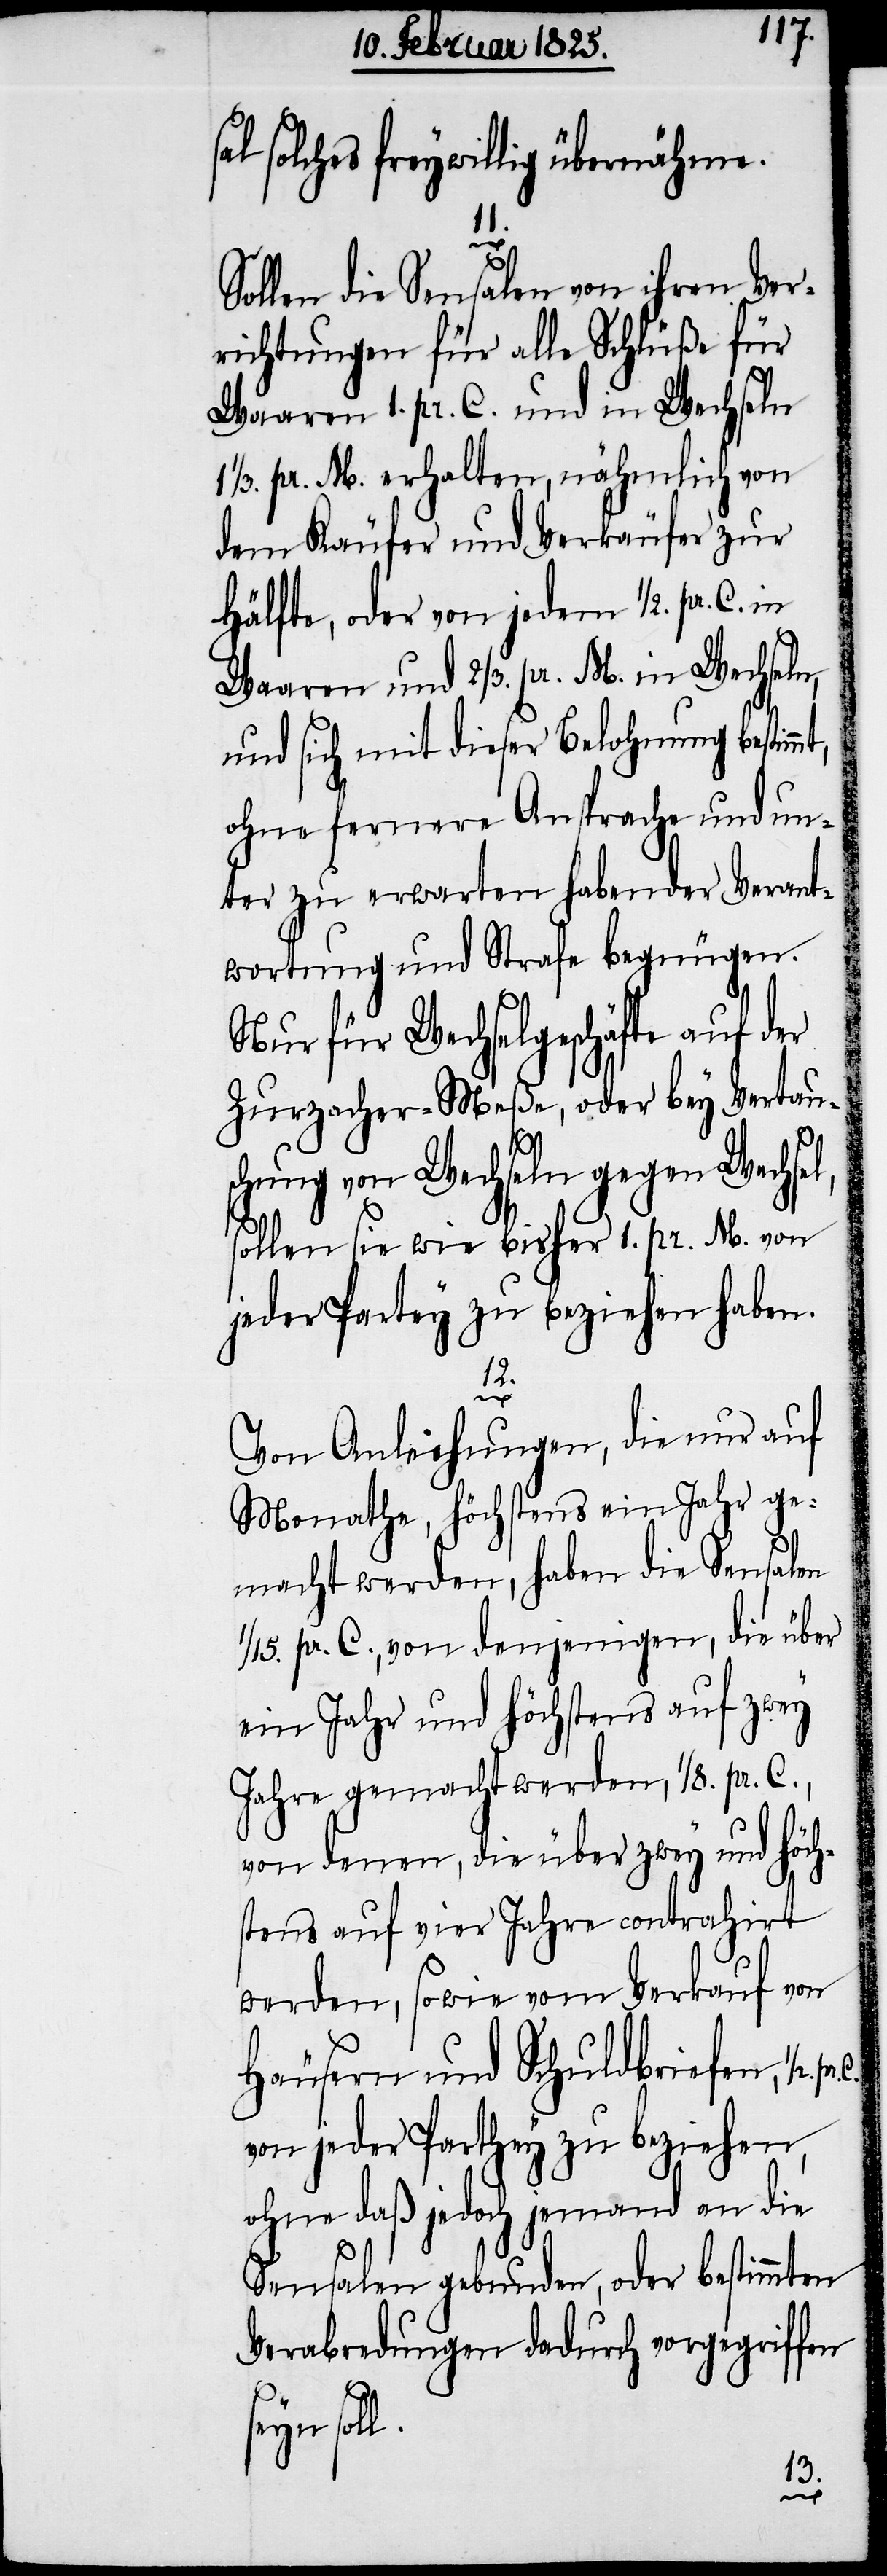
solches freywillig übernähme.
11.
Sollen die Sensalen von ihren Ver¬
richtungen für alle Schlüße für
Waaren 1. pr. C. und in Wechseln
1/3. pr. M. erhalten, nähmlich von
dem Käufer und Verkäufer zur
Hälfte, oder von jedem 1/2. pr. C.
Waaren und 2/3. pr. M. in Wechseln,
und sich mit dieser Belohnung bestim¬
ohne fernere Ansprache und un¬
ter zu erwarten habender Verant¬
wortung und Strafe begnügen.
Nur für Wechselgeschäfte auf der
Zurzacher-Meße, oder bey Vertau¬
schung von Wechseln gegen Wechsel,
sollen sie wie bisher 1. pr. M. von
jeder Partey zu beziehen haben.
12.
C.
Von Anleihungen, die nur auf
Monathe, höchstens ein Jahr ge¬
macht werden, haben die Sensalen
1/15. or. C., von denjenigen, die über
ein Jahr und höchstens auf zwey
Jahre gemacht werden, 1/8. pr. C.,
von denen, die über zwey und höchs¬
tens auf vier Jahre contrahirt
werden, sowie vom Verkauf von
Häusern und Schuldbriefen, 1/2.
von jeder Parthey zu beziehen,
ohne daß jedoch jemand an die
Sensalen gebunden, oder bestimmten
Verabredungen dadurch vorgegriffen
seyn sol¬
l.